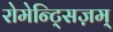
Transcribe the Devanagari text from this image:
रोमेन्ट्सिज़म्